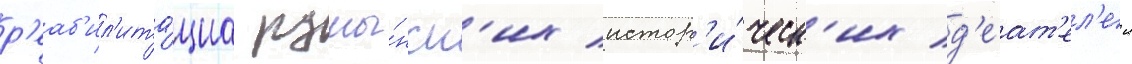
р'еаб'ил'ита́циа румы́нск'их истор'и́ческ'их д'еат'ел'еи